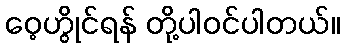
ဝေ့ဟွိုင်ရန် တို့ပါဝင်ပါတယ်။